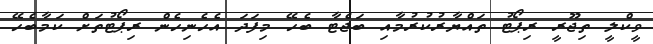
ވީކްލީ ތިޖޫރީ ރިޕޯޓު ތައްޔާރުކުރުމާއި ބަޖެޓާ ބެހޭ މިފަދަ އެހެނިހެން ރިޕޯޓުތަށް ކަމާބެހޭ